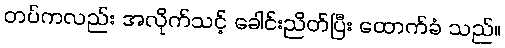
တပ်ကလည်း အလိုက်သင့် ခေါင်းညိတ်ပြီး ထောက်ခံ သည်။